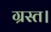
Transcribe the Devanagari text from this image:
ग्रस्त।